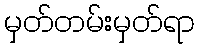
မှတ်တမ်းမှတ်ရာ